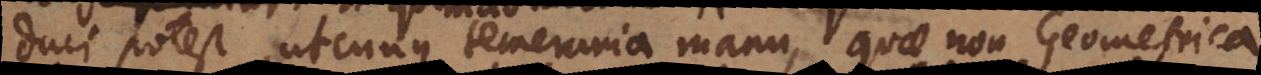
duci potest, utcunque temeraria manu, quae non Geometrica